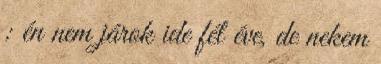
: én nem járok ide fél éve, de nekem